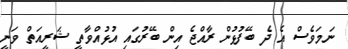
ނަމަވެސް އެ ދެ ބޭފުޅުން ރާއްޖެ އިން ބޭރުގައި އުޅުއްވާތީ ޝަރީއަތް ވަނީ